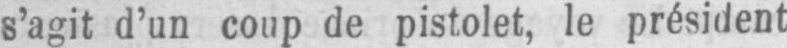
s’agit d’un coup de pistolet, le président